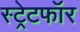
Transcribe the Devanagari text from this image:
स्ट्रेटफॉर